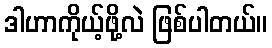
ဒါဟာကိုယ့်ဖို့လဲ ဖြစ်ပါတယ်။